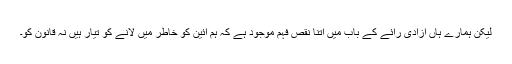
لیکن ہمارے ہاں آزادی رائے کے باب میں اتنا نقص فہم موجود ہے کہ ہم آئین کو خاطر میں لانے کو تیار ہیں نہ قانون کو۔